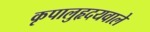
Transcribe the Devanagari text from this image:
कृपालुहृदयवाले